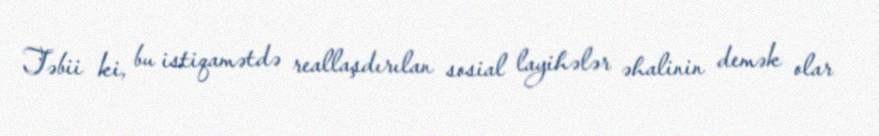
Təbii ki, bu istiqamətdə reallaşdırılan sosial layihələr əhalinin demək olar